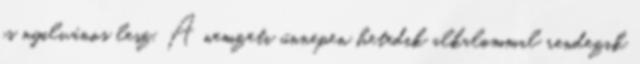
is nyilvános lesz. A nemzeti ünnepen hetedik alkalommal rendezik